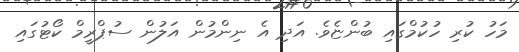
މަހު ކުރި ހުކުމްގައި ބުންޏެވެ. އަދި އެ ނިންމުން އަލުން ސުޕްރީމް ކޯޓުގައި